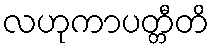
လဟုကာပတ္တီတိ